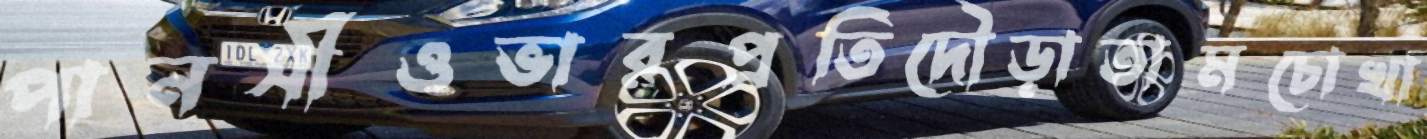
পানসীওভারপ্রতিদৌড়াতামচোখা